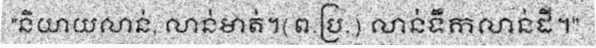
"និយាយលាន់, លាន់មាត់។(ព.ប្រ.) លាន់ទឹកលាន់ដី។"